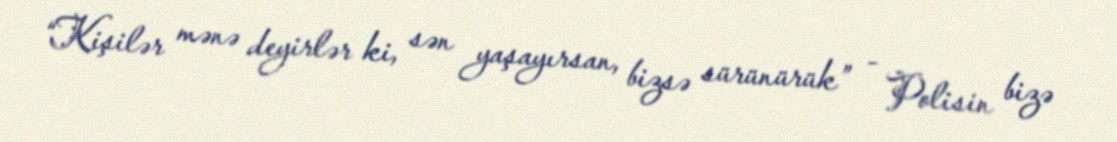
“Kişilər mənə deyirlər ki, sən yaşayırsan, bizsə sürünürük” - Polisin bizə